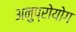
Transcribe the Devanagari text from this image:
अनुप्रोयोग